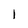
Character: 1